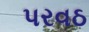
પરવઠ